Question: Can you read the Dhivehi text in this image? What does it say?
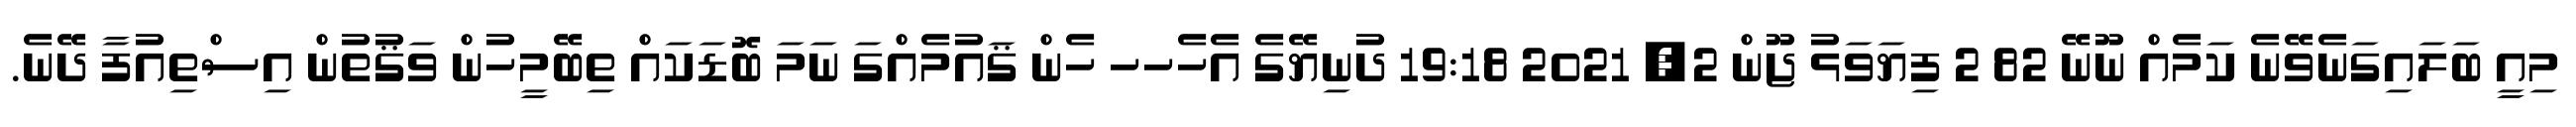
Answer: މިއީ ބަލައިގަނެވޭނެ ކަމެއް ނޫނޭ 82 2 ފިޔަވަޅު ޖޫން 2, 2021 19:18 ދުނިޔޭގެ އެހެހހ ހެން ޤައުމެއްގަ ނަމަ ބޮޑަކައް ތިބޭމީހުން ވަޤުތުން އިސްތިއުފާ ދޭނެ.